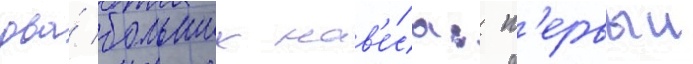
два́ больших нав'е́са: п'ервыи